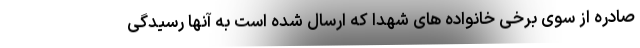
صادره از سوی برخی خانواده های شهدا که ارسال شده است به آنها رسیدگی